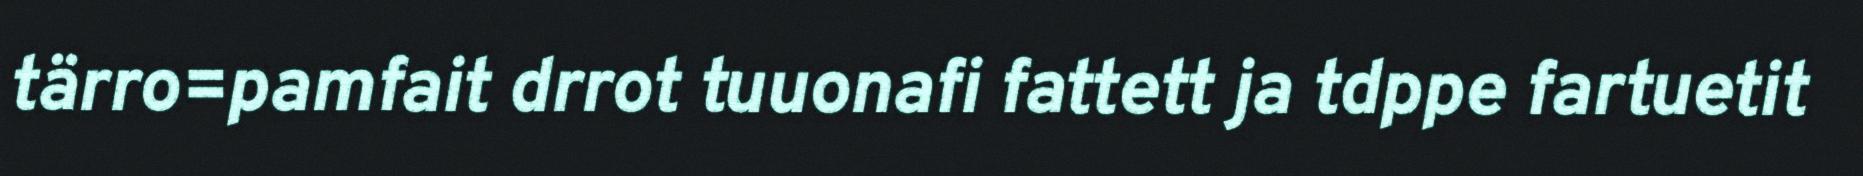
tärro=pamfait drrot tuuonafi fattett ja tdppe fartuetit